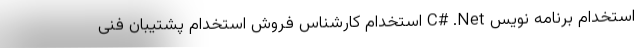
استخدام برنامه نویس C# .Net استخدام کارشناس فروش استخدام پشتیبان فنی